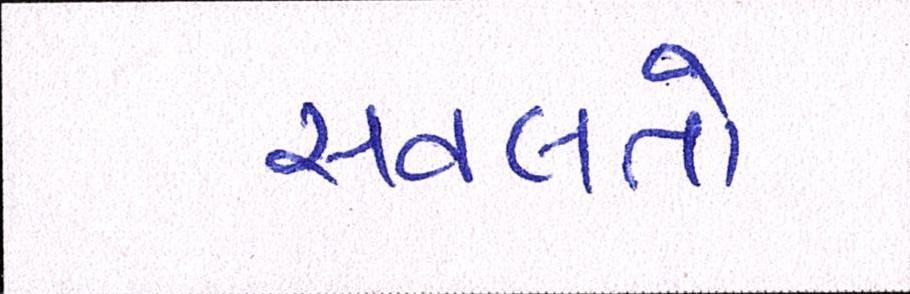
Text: સવલતો